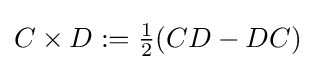
C\times D:={\tfrac {1}{2}}(CD-DC)